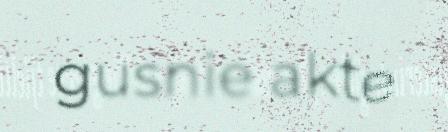
gusnie akte